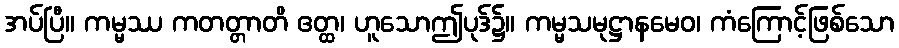
အပ်ပြီ။ ကမ္မဿ ကတတ္တာတိ ဧတ္ထ၊ ဟူသောဤပုဒ်၌။ ကမ္မသမုဋ္ဌာနမေဝ၊ ကံကြောင့်ဖြစ်သော